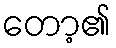
တော့၏